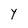
Character: Y